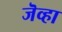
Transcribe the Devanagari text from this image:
जॆव्हा